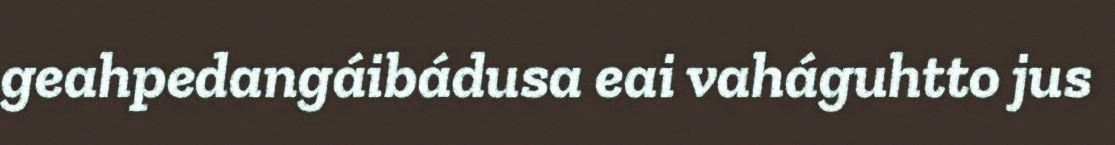
geahpedangáibádusa eai vaháguhtto jus